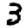
Digit: 3